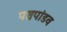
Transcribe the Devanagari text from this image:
पञ्चपांडव